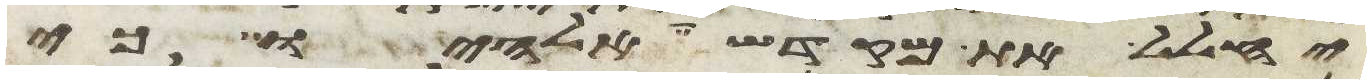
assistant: יחלל את מקדש אלהיו כי